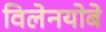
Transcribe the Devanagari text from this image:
विलेनयोबे